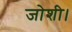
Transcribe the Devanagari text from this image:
जोशी।